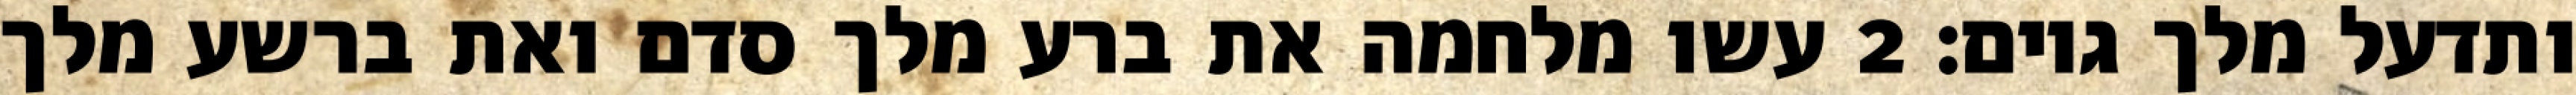
ותדעל מלך גוים׃ ‎2‏ עשו מלחמה את ברע מלך סדם ואת ברשע מלך